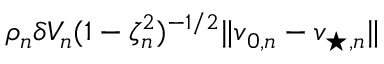
\rho _ { n } \delta V _ { n } ( 1 - \zeta _ { n } ^ { 2 } ) ^ { - 1 / 2 } \lVert \boldsymbol { v } _ { 0 , n } - \boldsymbol { v } _ { \! \; \! \star , n } \rVert